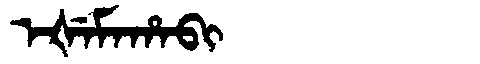
Manchu: ᡝᡧᡝᠮᠠᡥᠠᠪᡳ
Romanization: EŠEMAHABI